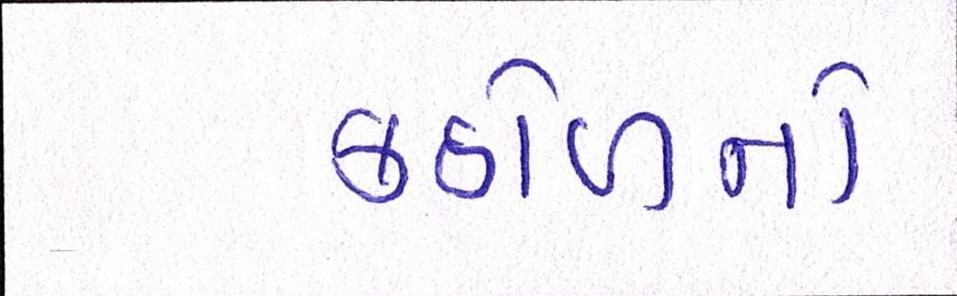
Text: કઠોળનો